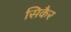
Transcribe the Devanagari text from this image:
सिकैर